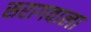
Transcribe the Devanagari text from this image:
सरागवाला